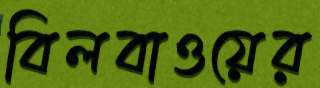
বিলবাওয়ের